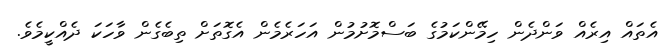
އެތައް އިރެއް ވަންދެން ހިމޭންކަމުގެ ބަސްމޮށުމުން އަހަރެމެން އެގޮތަށް ތިބެގެން ވާހަކަ ދެއްކީމެވެ.